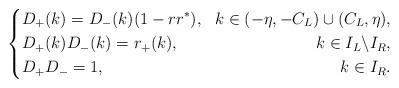
LaTeX: \begin{align*} \left\{ \begin{aligned} &D_{+}(k)=D_{-}(k)(1-rr^*), &k\in(-\eta,-C_L)\cup(C_L,\eta), \\ &D_{+}(k)D_{-}(k)=r_{+}(k), &k\in I_L\backslash I_R,\\ &D_{+}D_{-}=1, &k\in I_R. \end{aligned} \right. \end{align*}